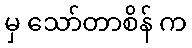
မှ သော်တာစိန် က